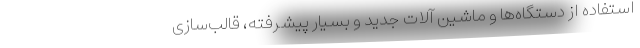
استفاده از دستگاه‌ها و ماشین آلات جدید و بسیار پیشرفته، قالب‌سازی